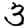
Digit: 3